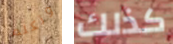
وتكلم كذلك